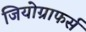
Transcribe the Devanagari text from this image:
जियोग्राफर्स